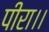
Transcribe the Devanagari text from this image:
पीरा।।